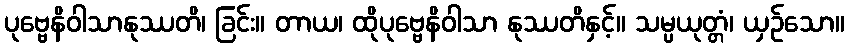
ပုဗ္ဗေနိဝါသာနုဿတိ၊ ခြင်း။ တာယ၊ ထိုပုဗ္ဗေနိဝါသာ နုဿတိနှင့်။ သမ္ပယုတ္တံ၊ ယှဉ်သော။